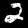
Label: 2